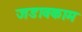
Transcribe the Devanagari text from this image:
जडावकाम